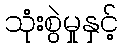
သုံးစွဲမှုနှင့်